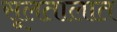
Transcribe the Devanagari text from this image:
सूलतालात